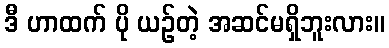
ဒီ ဟာထက် ပို ယဉ်တဲ့ အဆင်မရှိဘူးလား။